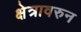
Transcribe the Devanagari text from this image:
क्षेत्रावरुन